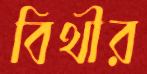
বিথীর